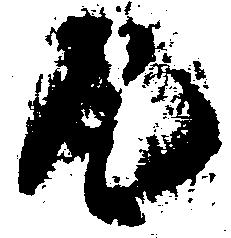
瓦